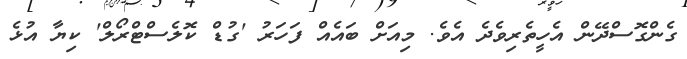
ގެންގޮސްދޭން އެހީތެރިވެދެ އެވެ. މިއަށް ބައެއް ފަހަރު 'ގުޑް ކޮލެސްޓްރޯލް' ކިޔާ އުޅެ